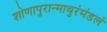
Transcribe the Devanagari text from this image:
शोणापुरान्माथुरंमंडलं